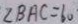
\angle B A C = 6 0 ^ { \circ }